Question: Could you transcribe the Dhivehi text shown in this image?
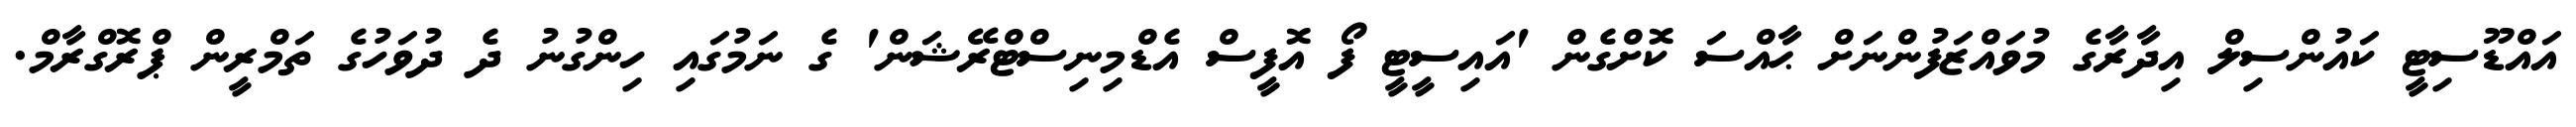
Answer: އައްޑޫސިޓީ ކައުންސިލް އިދާރާގެ މުވައްޒަފުންނަށް ޙާއްސަ ކޮށްގެން 'އައިސީޓީ ފޯ އޮފީސް އެޑްމިނިސްޓްރޭޝަން' ގެ ނަމުގައި ހިންގުނު ދެ ދުވަހުގެ ތަމްރީން ޕްރޮގްރާމް.